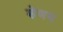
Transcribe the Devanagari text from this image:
शेणय